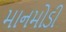
માનમોડી